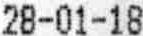
28-11-18